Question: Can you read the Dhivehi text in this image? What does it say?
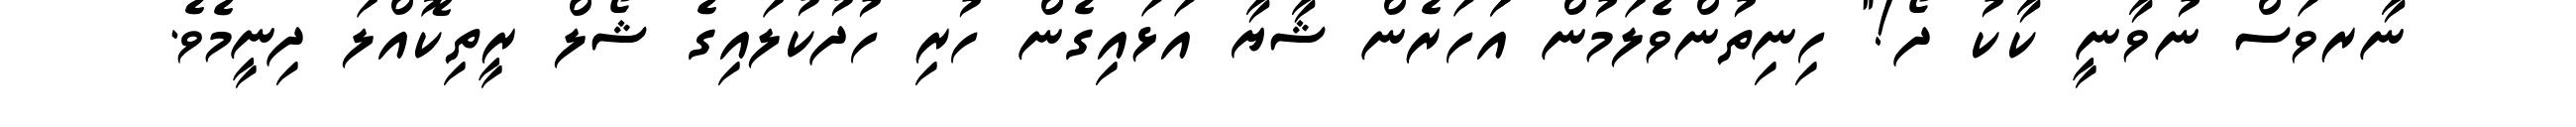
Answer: ނާރވަސް ނުވާނީ ކާކު ދޯ!" ހިނިތުންވެލަމުން އަަހަރެން ޝާޔާ އަޅައިގެން ހުރި ހުދުކުލައިގެ ޝޯލް ރީތިކޮއްލަ ދިނީމެވެ.